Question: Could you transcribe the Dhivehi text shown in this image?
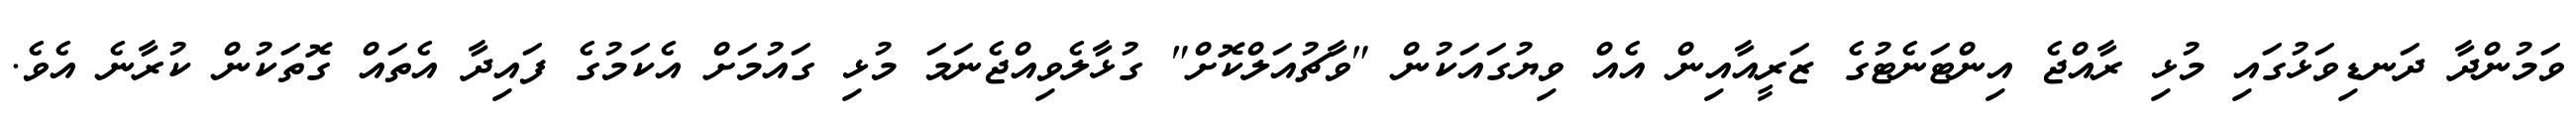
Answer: ވަމުންދާ ދަނޑިވަޅުގައި މުޅި ރާއްޖެ އިންޓަނެޓުގެ ޒަރީއާއިން އެއް ވިޔުގައަކުން "ވާޗުއަލްކޮށް" ގުޅާލެވިއްޖެނަމަ މުޅި ގައުމަށް އެކަމުގެ ފައިދާ އެތައް ގޮތަކުން ކުރާނެ އެވެ.